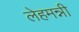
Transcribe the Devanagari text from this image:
लेहमन्नी